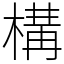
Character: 構